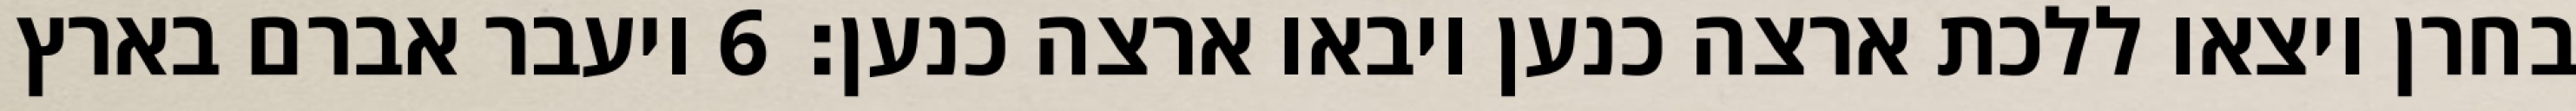
בחרן ויצאו ללכת ארצה כנען ויבאו ארצה כנען׃ ‎6‏ ויעבר אברם בארץ